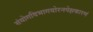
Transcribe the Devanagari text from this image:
संयोगविभागयोरनपेक्षकारणं